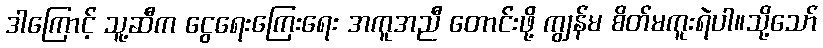
ဒါကြောင့် သူ့ဆီက ငွေရေးကြေးရေး အကူအညီ တောင်းဖို့ ကျွန်မ စိတ်မကူးရဲပါ။သို့သော်